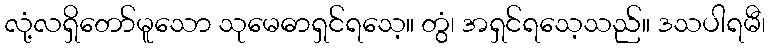
လုံ့လရှိတော်မူသော သုမေဓာရှင်ရသေ့။ တွံ၊ အရှင်ရသေ့သည်။ ဒသပါရမီ၊